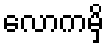
လောကမှိ